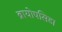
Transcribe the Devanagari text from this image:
ब्रायोपसिडा